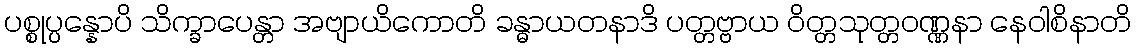
ပစ္စုပ္ပန္နောပိ သိက္ခာပေန္တာ အဗျာယိကောတိ ခန္ဓာယတနာဒိ ပတ္တဗ္ဗာယ ဝိတ္တသုတ္တဝဏ္ဏနာ နေဝါစိနာတိ